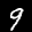
Label: 9